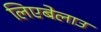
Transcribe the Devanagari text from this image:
लिएबेलाउ